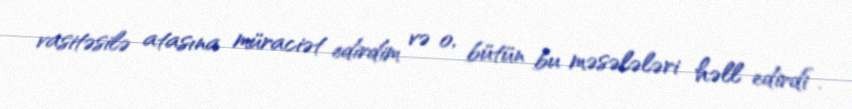
vasitəsilə atasına müraciət edirdim və o, bütün bu məsələləri həll edirdi”.